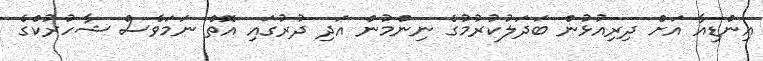
އިންޑިއާ އަށް ދިރިއުޅުން ބަދަލުކުރުމުގެ ނިންމުން އަދި ދުރުގައި އޮތް ނަމަވެސް ޝާހުރުކްގެ